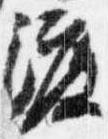
渡